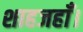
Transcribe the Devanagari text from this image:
शाहजहाँ।